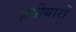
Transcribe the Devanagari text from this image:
हथीयारों